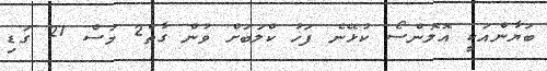
ބަޔާންއަކީ އޮލޮންސޯ ކުޅޭނެ ފަހު ކްލަބަށް ވުން ގާތް2 މަސް 21 ގަޑި